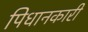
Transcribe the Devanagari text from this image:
पिधानकारी